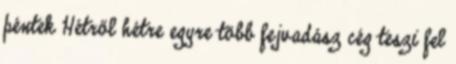
péntek Hétről hétre egyre több fejvadász cég teszi fel